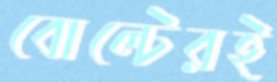
বোল্টেরই